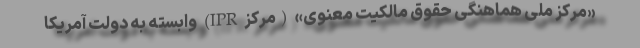
«مرکز ملی هماهنگی حقوق مالکیت معنوی» (مرکز IPR) وابسته به دولت آمریکا